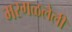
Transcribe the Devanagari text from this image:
मरगळलेली